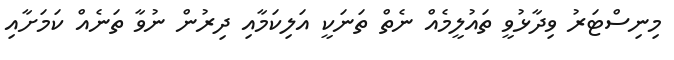
މިނިސްޓަރު ވިދާޅުވީ ތައުލީމެއް ނެތް ތަނަކީ އަލިކަމާއި ދިރުން ނުވާ ތަނެއް ކަމަށާއި